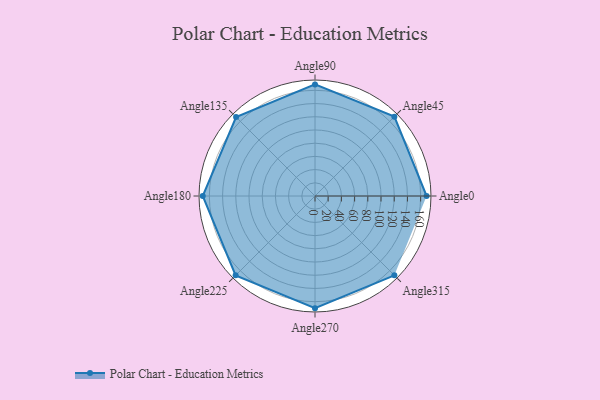
{"axis": {"x": "Angle", "y": "Radius"}, "legend": [""], "data": [{"x": "Angle0", "y": 169.0, "type": ""}, {"x": "Angle45", "y": 170, "type": ""}, {"x": "Angle90", "y": 169.0, "type": ""}, {"x": "Angle135", "y": 169.0, "type": ""}, {"x": "Angle180", "y": 170, "type": ""}, {"x": "Angle225", "y": 170, "type": ""}, {"x": "Angle270", "y": 170, "type": ""}, {"x": "Angle315", "y": 170, "type": ""}]}